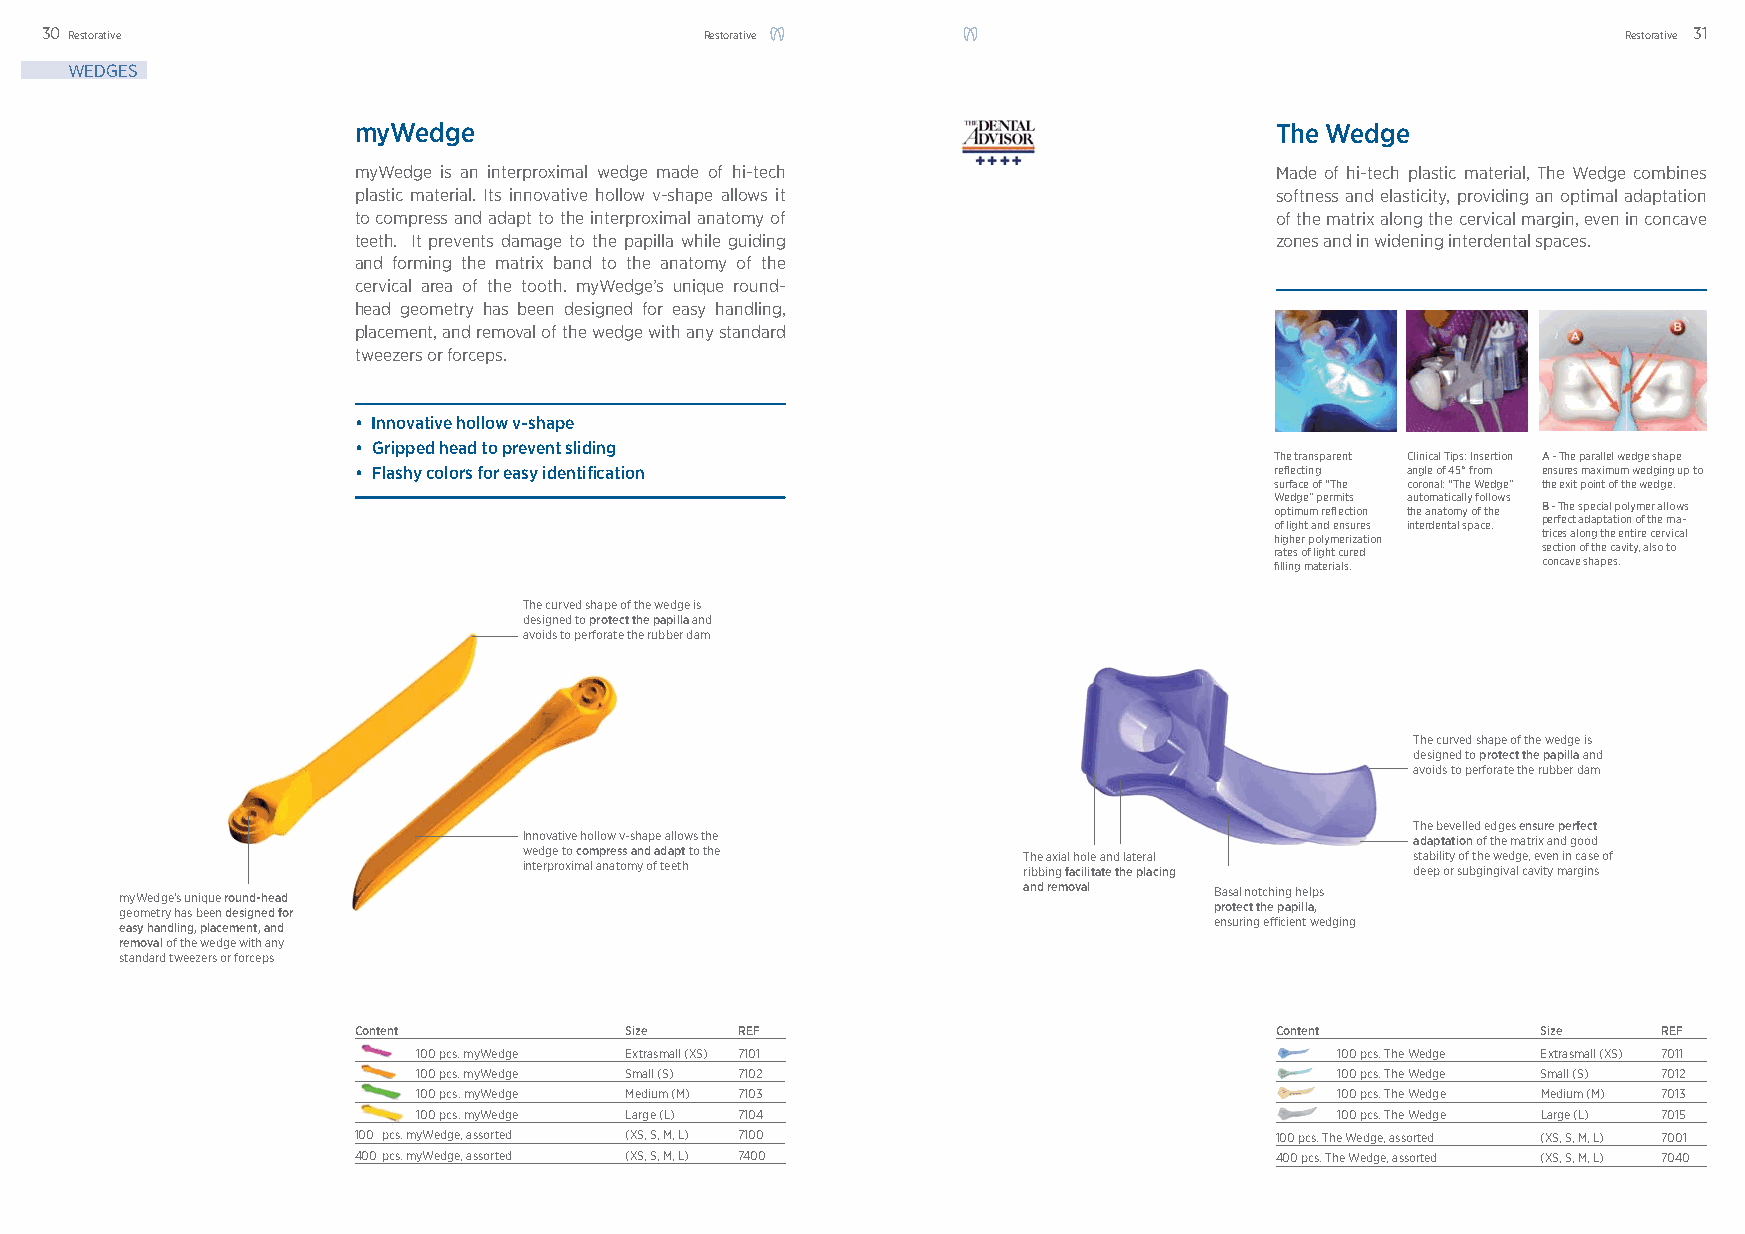
30 Restorative                             Restorative                                                  Restorative 31
 WEDGES
 myWedge                                                      The Wedge
 myWedge is an interproximal wedge made of hi-tech            Made of hi-tech plastic material, The Wedge combines
 plastic material. Its innovative hollow v-shape allows it    softness and elasticity, providing an optimal adaptation
 to compress and adapt to the interproximal anatomy of        of the matrix along the cervical margin, even in concave
 teeth. It prevents damage to the papilla while guiding       zones and in widening interdental spaces.
 and forming the matrix band to the anatomy of the
 cervical area of the tooth. myWedge’s unique round-
 head geometry has been designed for easy handling,
 placement, and removal of the wedge with any standard
 tweezers or forceps.
 • Innovative hollow v-shape
 • Gripped head to prevent sliding
 The transparent Clinical Tips: Insertion A - The parallel wedge shape
 • Flashy colors for easy identifi cation                     refl ecting angle of 45° from ensures maximum wedging up to
 surface of “The coronal: “The Wedge” the exit point of the wedge.
 Wedge” permits automatically follows
 optimum refl ection the anatomy of the B - The special polymer allows
 of light and ensures interdental space. perfect adaptation of the ma-
 higher polymerization trices along the entire cervical
 rates of light cured section of the cavity, also to
 fi lling materials. concave shapes.
 The curved shape of the wedge is
 designed to protect the papilla and
 avoids to perforate the rubber dam
 The curved shape of the wedge is
 designed to protect the papilla and
 avoids to perforate the rubber dam
 The bevelled edges ensure perfect
 Innovative hollow v-shape allows the                       adaptation of the matrix and good
 wedge to compress and adapt to the The axial hole and lateral stability of the wedge, even in case of
 interproximal anatomy of teeth    ribbing facilitate the placing deep or subgingival cavity margins
 myWedge’s unique round-head                                 and removal Basal notching helps
 geometry has been designed for                                          protect the papilla,
 ensuring effi cient wedging
 easy handling, placement, and
 removal of the wedge with any
 standard tweezers or forceps
 Content           Size    REF                                Content           Size    REF
 100 pcs. myWedge Extrasmall (XS) 7101                        100 pcs. The Wedge Extrasmall (XS) 7011
 100 pcs. myWedge Small (S) 7102                              100 pcs. The Wedge Small (S) 7012
 100 pcs. myWedge Medium (M) 7103                             100 pcs. The Wedge Medium (M) 7013
 100 pcs. myWedge Large (L) 7104                              100 pcs. The Wedge Large (L) 7015
 100 pcs. myWedge, assorted (XS, S, M, L) 7100                100 pcs. The Wedge, assorted (XS, S, M, L) 7001
 400 pcs. myWedge, assorted (XS, S, M, L) 7400                400 pcs. The Wedge, assorted (XS, S, M, L) 7040